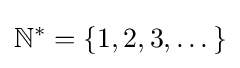
\mathbb {N} ^{*}=\{1,2,3,\dots \}